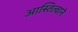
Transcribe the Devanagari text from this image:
आस्तित्वाने